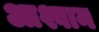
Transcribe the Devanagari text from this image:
आश्वान